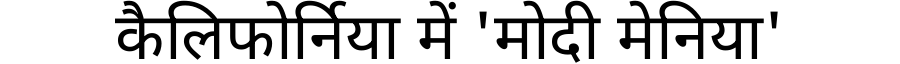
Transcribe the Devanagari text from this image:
कैलिफोर्निया में 'मोदी मेनिया'